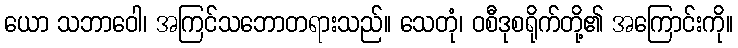
ယော သဘာဝေါ၊ အကြင်သဘောတရားသည်။ သေတုံ၊ ဝစီဒုစရိုက်တို့၏ အကြောင်းကို။